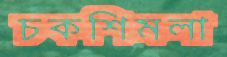
চকশিমলা